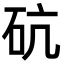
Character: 砊